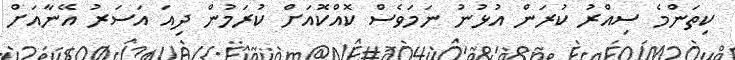
ކިތަންމެ ސިއްރު ކުރަން އުޅުނު ނަމަވެސް ކޮއްކޮއަށް ކުރަމުން ދިއަ އަސަރު އޭނާއަށް